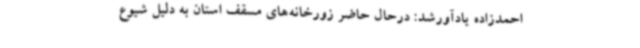
احمدزاده یادآورشد: درحال حاضر زورخانه‌های مسقف استان به دلیل شیوع